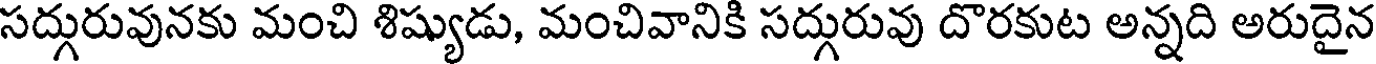
సద్గురువునకు మంచి శిష్యుడు, మంచివానికి సద్గురువు దొరకుట అన్నది అరుదైన